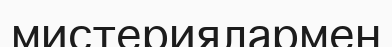
мистериялармен